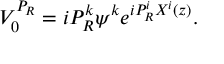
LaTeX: V _ { 0 } ^ { P _ { R } } = i P _ { R } ^ { k } \psi ^ { k } e ^ { i P _ { R } ^ { i } X ^ { i } ( z ) } .